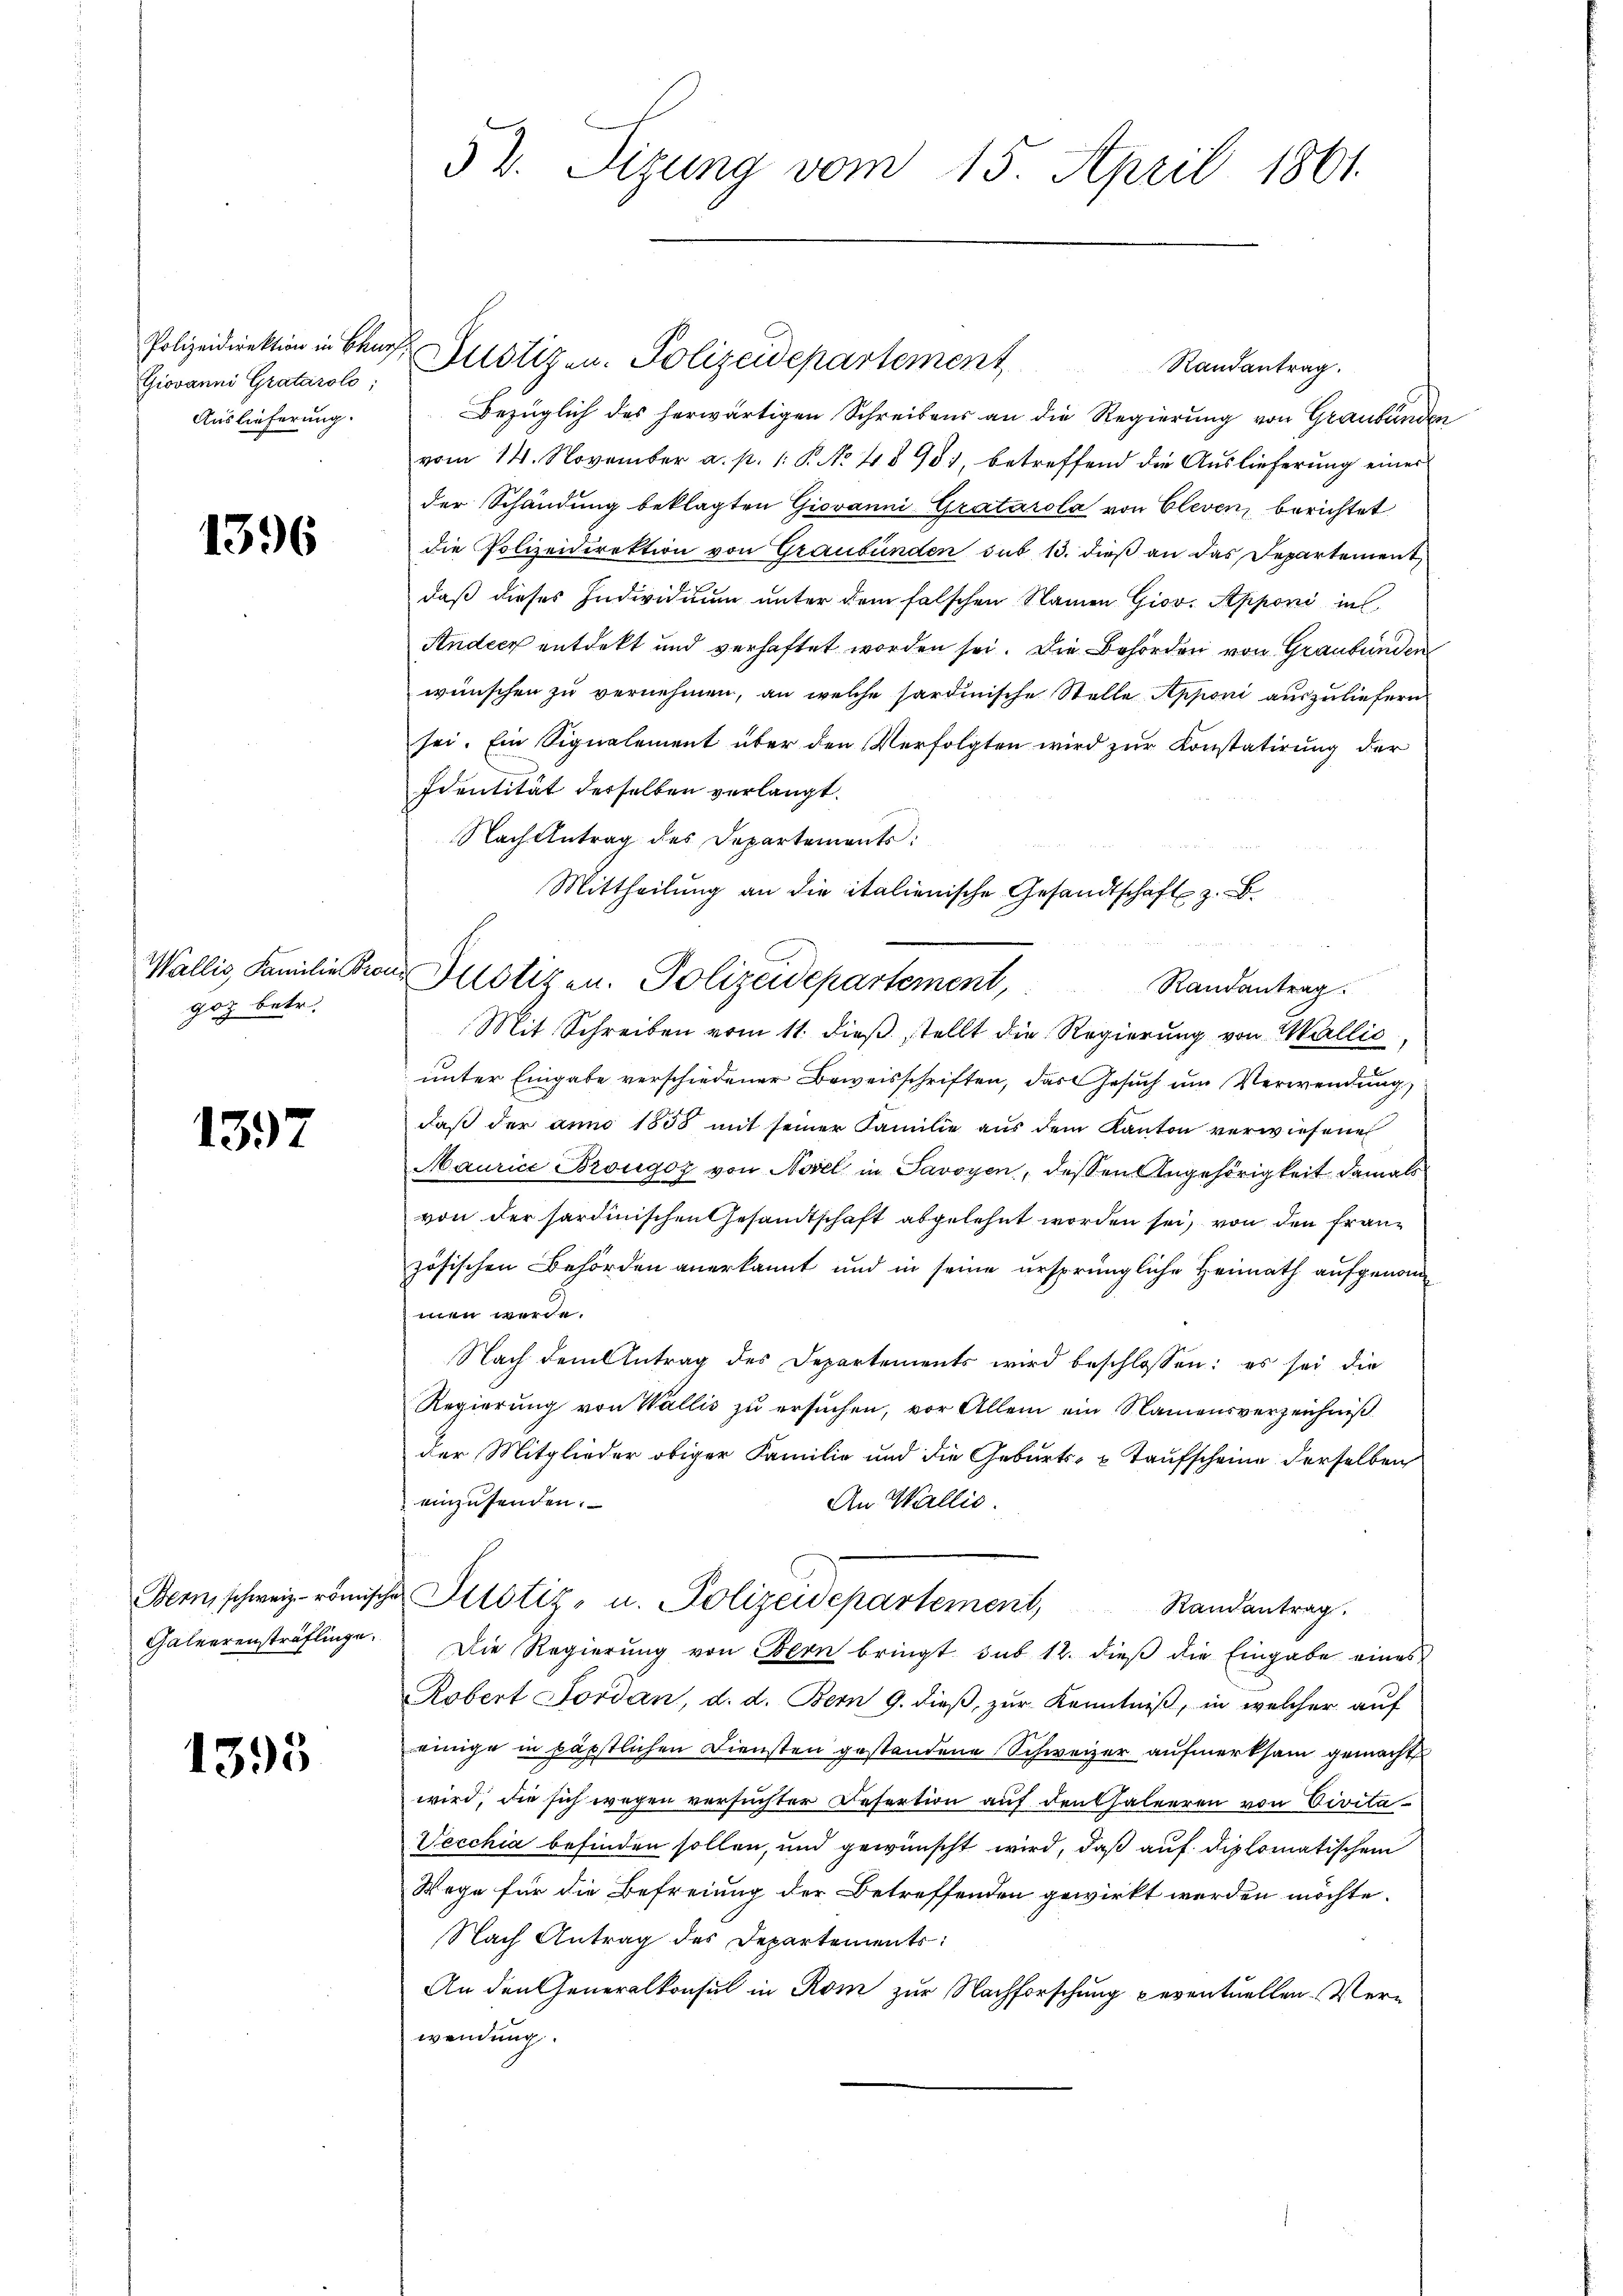
Giovanni Gratárolo;
Auslieferung.

1396

goz betr.

1397

1395

52. Sizung vom 15. April 1861.

Polizeidirektion in Baur Justizen. Polizeidepartement,
Randantrag.
Bezüglich des herwärtigen Schreibens an die Regierung von Graubünden
vom 14. November a. p. 1. P. No 48981, betreffend die Auslieferŭng eines
der Schändung beklagten Giovanni Gratárola von Cleven, berichtet
die Polizeidirektion von Graubünden sub 13. dieß an das Departement,
daß dieses Individuum unter dem falschen Namen Giov. Apponi in
Andern entdeckt und verhaftet worden sei. Die Behörden von Graubünden
wünschen zu vernehmen, an welche sardinische Stelle Apponi auszuliefern
sei. Ein Signalement über den Verfolgten wird zur Konstatirung der
Eventität derselben verlangt.
Nach Antrag des Departements:
Mittheilŭng an die italienische Gesandtschaft z. B.
Wallis, Familie Krons Potizen. Polizeidepartement,

Randantrag.
Mit Schreiben vom 11. dieß stellt die Regierung von Wallić

unter Eingabe verschiedener Beweisschriften, das Gesuch um Verwendung,
daß der anno 1808 mit seiner Familie aus dem Kanton verwiesene
Maurice Brongoz von Novel in Savoyen, dessen Angehörigkeit damals
von der sardinischen Gesandtschaft abgelehnt worden sei, von den Französischen Behörden anerkannt und in seine ursprüngliche Heimath aufgenommen werde.
Nach dem Antrag des Departements wird beschlossen: es sei die
Regierung von Wallis zu ersuchen, vor Allem ein Namensverzeichniß
der Mitglieder obiger Familie und die Geburts- & Taufscheine derselben
einzusenden.
An Wallis.
Bern, schweiz. römischen Pilotiz- u. Polizeidepartement, Randantrag.
Galeerensträflinge. Die Regierŭng von Bern bringt sub 12. dieβ die Eingabe eines
Robert Jordan, d. d. Bern G. dieß, zur Kenntniß, in welcher auf
einige in päpstlichen Diensten gestandene Schweizer aufmerksam gemacht
wird, die sich wegen versuchter Refertion auf den Chaleeren von Civita-
Vecchia befinden sollen, und gewünscht wird, daß auf diplomatischen
Wege für die Befreiung der Betreffenden gewirkt werden möchte.
Nach Antrag des Departements:
An den Generalkonsul in Rom zur Nachforschung peventuellen Verwendung.